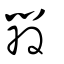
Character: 辡